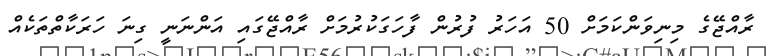
ރާއްޖޭގެ މިނިވަންކަމަށް 50 އަހަރު ފުރުން ފާހަގަކުރުމަށް ރާއްޖޭގައި އަންނަނީ ގިނަ ހަރަކާތްތަކެއް